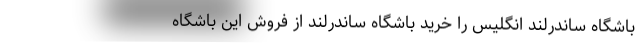
باشگاه ساندرلند انگلیس را خرید باشگاه ساندرلند از فروش این باشگاه